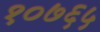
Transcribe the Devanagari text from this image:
१०७६५